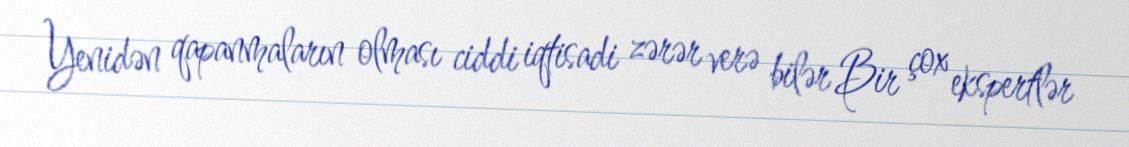
Yenidən qapanmaların olması ciddi iqtisadi zərər verə bilər Bir çox ekspertlər